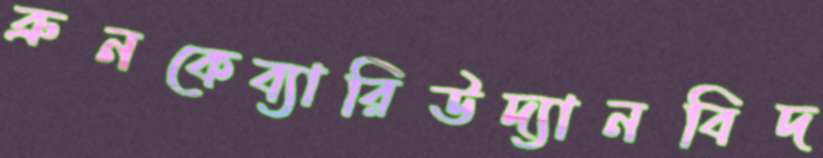
ব্রুনকেব্যারিউদ্যানবিদ